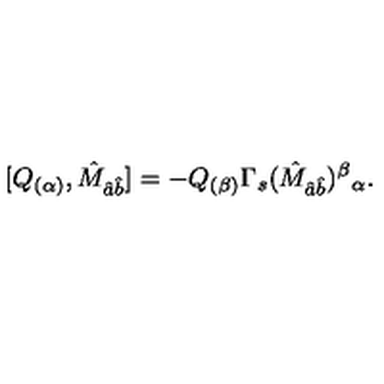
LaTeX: [ Q _ { ( \alpha ) } , \hat { M } _ { \hat { a } \hat { b } } ] = - Q _ { ( \beta ) } \Gamma _ { s } ( \hat { M } _ { \hat { a } \hat { b } } ) ^ { \beta } { } _ { \alpha } .